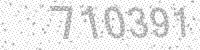
Solution: 710391